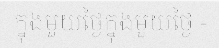
ក្នុងមួយថ្ងៃក្នុងមួយថ្ងៃ -